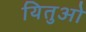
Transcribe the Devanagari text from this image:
यितुओ